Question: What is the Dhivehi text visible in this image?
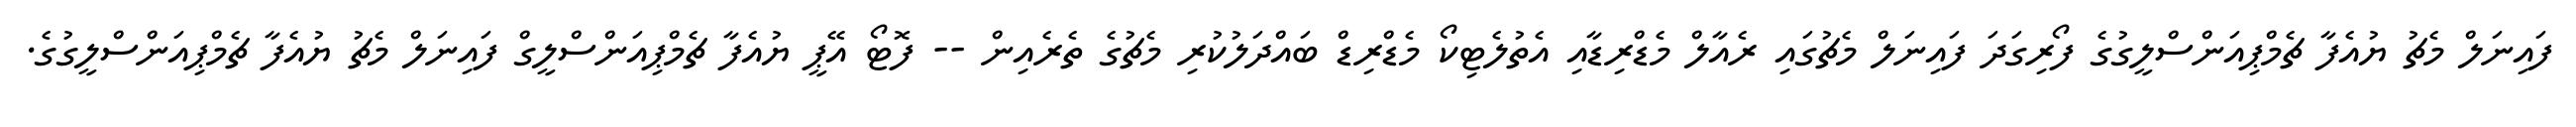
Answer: ފައިނަލް މެޗު ޔުއެފާ ޗެމްޕިއަންސްލީގުގެ ފޯރިގަދަ ފައިނަލް މެޗުގައި ރެއާލް މެޑްރިޑާއި އެތުލެޓިކޯ މެޑްރިޑް ބައްދަލުކުރި މެޗުގެ ތެރެއިން -- ފޮޓޯ އޭޕީ ޔުއެފާ ޗެމްޕިއަންސްލީގް ފައިނަލް މެޗު ޔުއެފާ ޗެމްޕިއަންސްލީގުގެ.